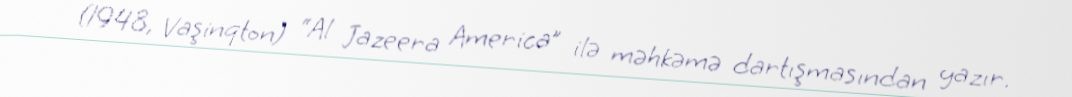
(1948, Vaşinqton) “Al Jazeera America” ilə məhkəmə dartışmasından yazır.